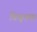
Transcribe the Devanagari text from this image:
विवृतक